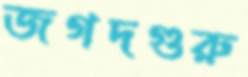
জগদগুরু